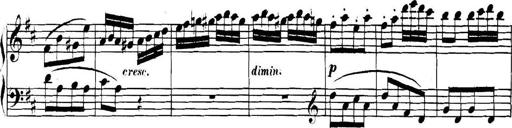
Title: Collected Piano Sonatas
Composer: Muzio Clementi